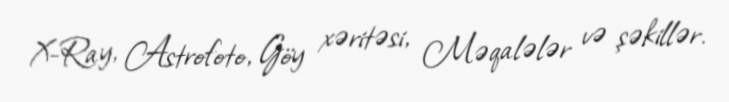
X-Ray, Astrofoto, Göy xəritəsi, Məqalələr və şəkillər.